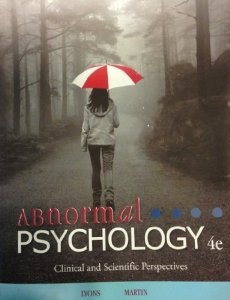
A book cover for Abnormal Psychology 4th Edition; Charles A. Lyons and Barclay Martin; Health, Fitness & Dieting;